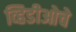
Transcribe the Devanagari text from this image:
व्हिडीओचे